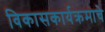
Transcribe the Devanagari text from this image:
विकासकार्यक्रमाचे